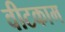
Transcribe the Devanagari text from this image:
वीटकाम